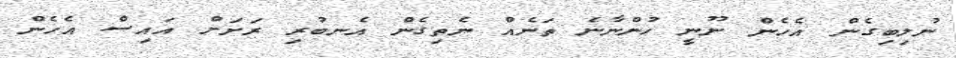
ނުލިބިގެން އެހެން ނޫނީ ހުންނާނެ ތަނެއް ނެތިގެން އެނބުރި ރަށަށް އައިސް އެހެން